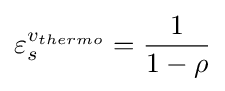
\varepsilon _{s}^{v_{thermo}}={\frac {1}{1-\rho }}